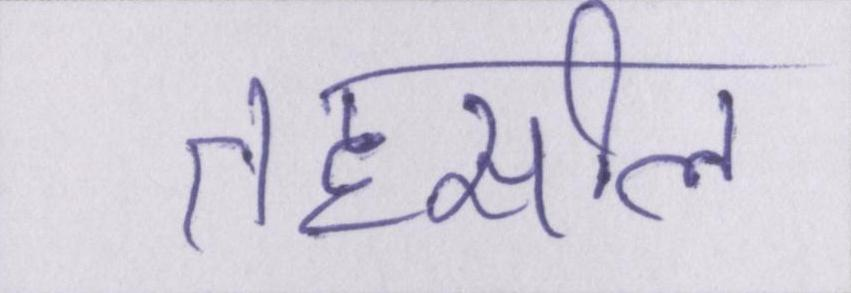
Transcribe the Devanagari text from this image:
तहसील